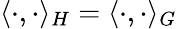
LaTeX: \langle\cdot,\cdot\rangle_{H}=\langle\cdot,\cdot\rangle_{G}